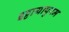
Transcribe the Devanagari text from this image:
इट्टायापुरम